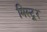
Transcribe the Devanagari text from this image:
मिस्ट्र्र्र्र